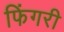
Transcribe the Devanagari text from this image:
फिंगरी